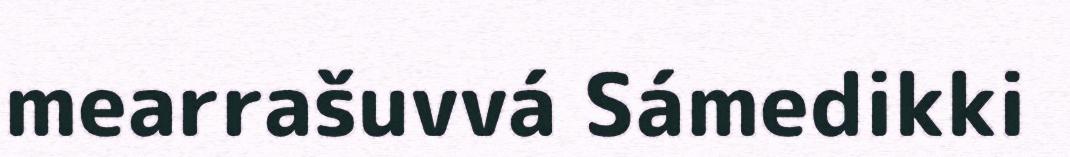
mearrašuvvá Sámedikki